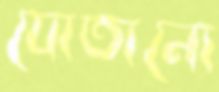
যোতানো